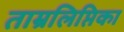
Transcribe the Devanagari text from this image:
ताम्रलिप्तिका